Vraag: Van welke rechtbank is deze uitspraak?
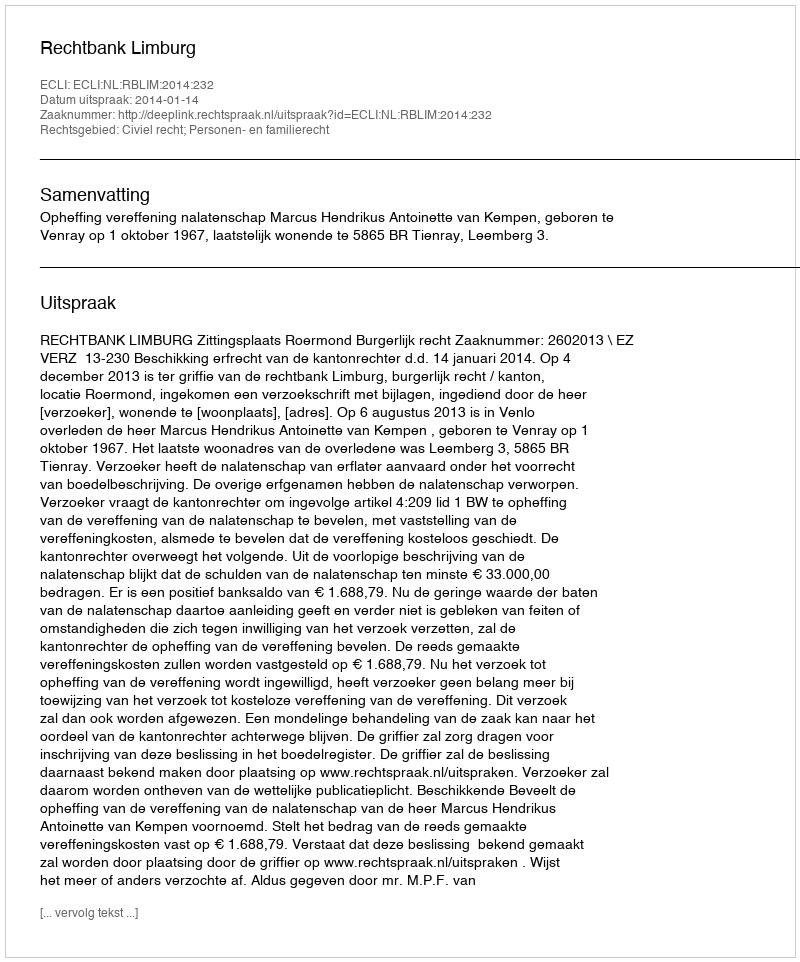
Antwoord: Rechtbank Limburg